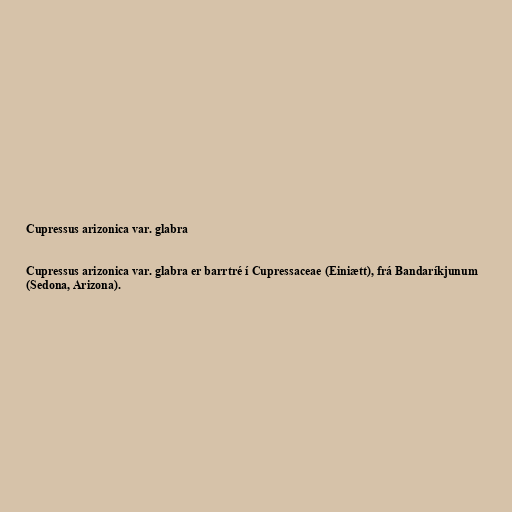
Cupressus arizonica var. glabra

Cupressus arizonica var. glabra er barrtré í Cupressaceae (Einiætt), frá Bandaríkjunum
(Sedona, Arizona).